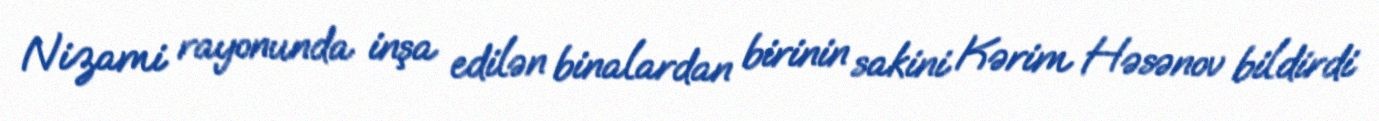
Nizami rayonunda inşa edilən binalardan birinin sakini Kərim Həsənov bildirdi